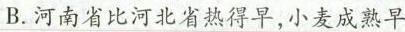
B.河南省比河北省热得早，小麦成熟早